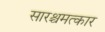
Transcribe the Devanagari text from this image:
सारश्चमत्कार